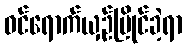
ဝင်ရောက်ယှဉ်ပြိုင်ခဲ့ရာ